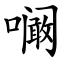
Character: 㘎